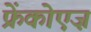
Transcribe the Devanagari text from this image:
फ्रेंकोएज़